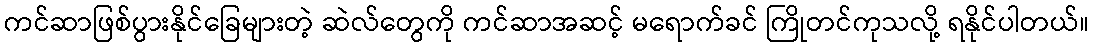
ကင်ဆာဖြစ်ပွားနိုင်ခြေများတဲ့ ဆဲလ်တွေကို ကင်ဆာအဆင့် မရောက်ခင် ကြိုတင်ကုသလို့ ရနိုင်ပါတယ်။